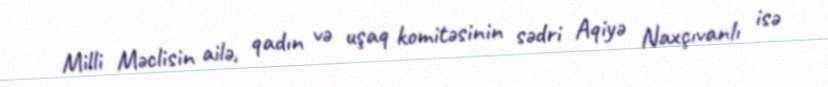
Milli Məclisin ailə, qadın və uşaq komitəsinin sədri Aqiyə Naxçıvanlı isə